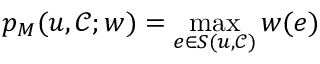
p _ { M } ( u , \mathcal { C } ; w ) = \operatorname* { m a x } _ { e \in S ( u , \mathcal { C } ) } w ( e )